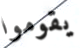
يقوموا